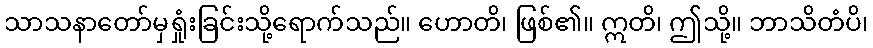
သာသနာတော်မှရှုံးခြင်းသို့ရောက်သည်။ ဟောတိ၊ ဖြစ်၏။ ဣတိ၊ ဤသို့။ ဘာသိတံပိ၊